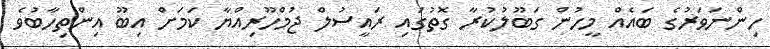
ހިންނަވަރުގެ ބައެއް މީހުން ގަބޫލުކުރާ ގޮތުގައި ރައީސުލް ޖުމްހޫރިއްޔާ ކަމަށް އިބޫ އިންތިހާބުވެ